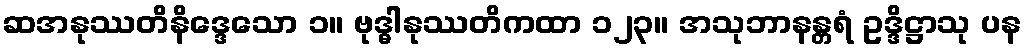
ဆအနုဿတိနိဒ္ဒေသော ၁။ ဗုဒ္ဓါနုဿတိကထာ ၁၂၃။ အသုဘာနန္တရံ ဥဒ္ဒိဋ္ဌာသု ပန